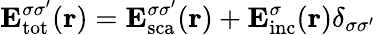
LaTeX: {\mathbf E}_{\mathrm{{tot}}}^{\sigma\sigma^{\prime}}({\mathbf r})={\mathbf E}_{\mathrm{{sca}}}^{\sigma\sigma^{\prime}}({\mathbf r})+{\mathbf E}_{\mathrm{{inc}}}^{\sigma}({\mathbf r})\delta_{\sigma\sigma^{\prime}}